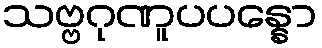
သဗ္ဗဂုဏူပပန္နော